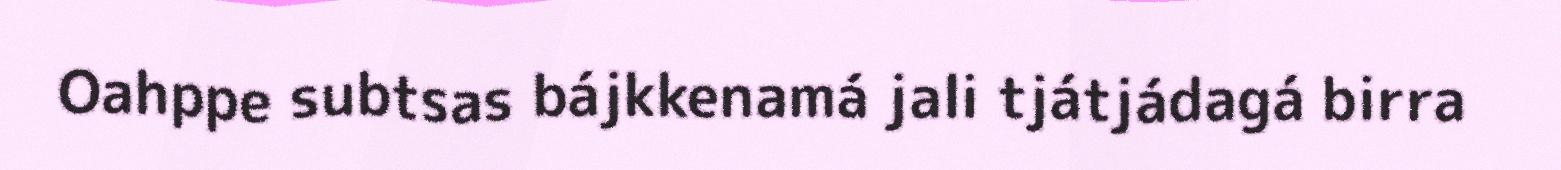
Oahppe subtsas bájkkenamá jali tjátjádagá birra